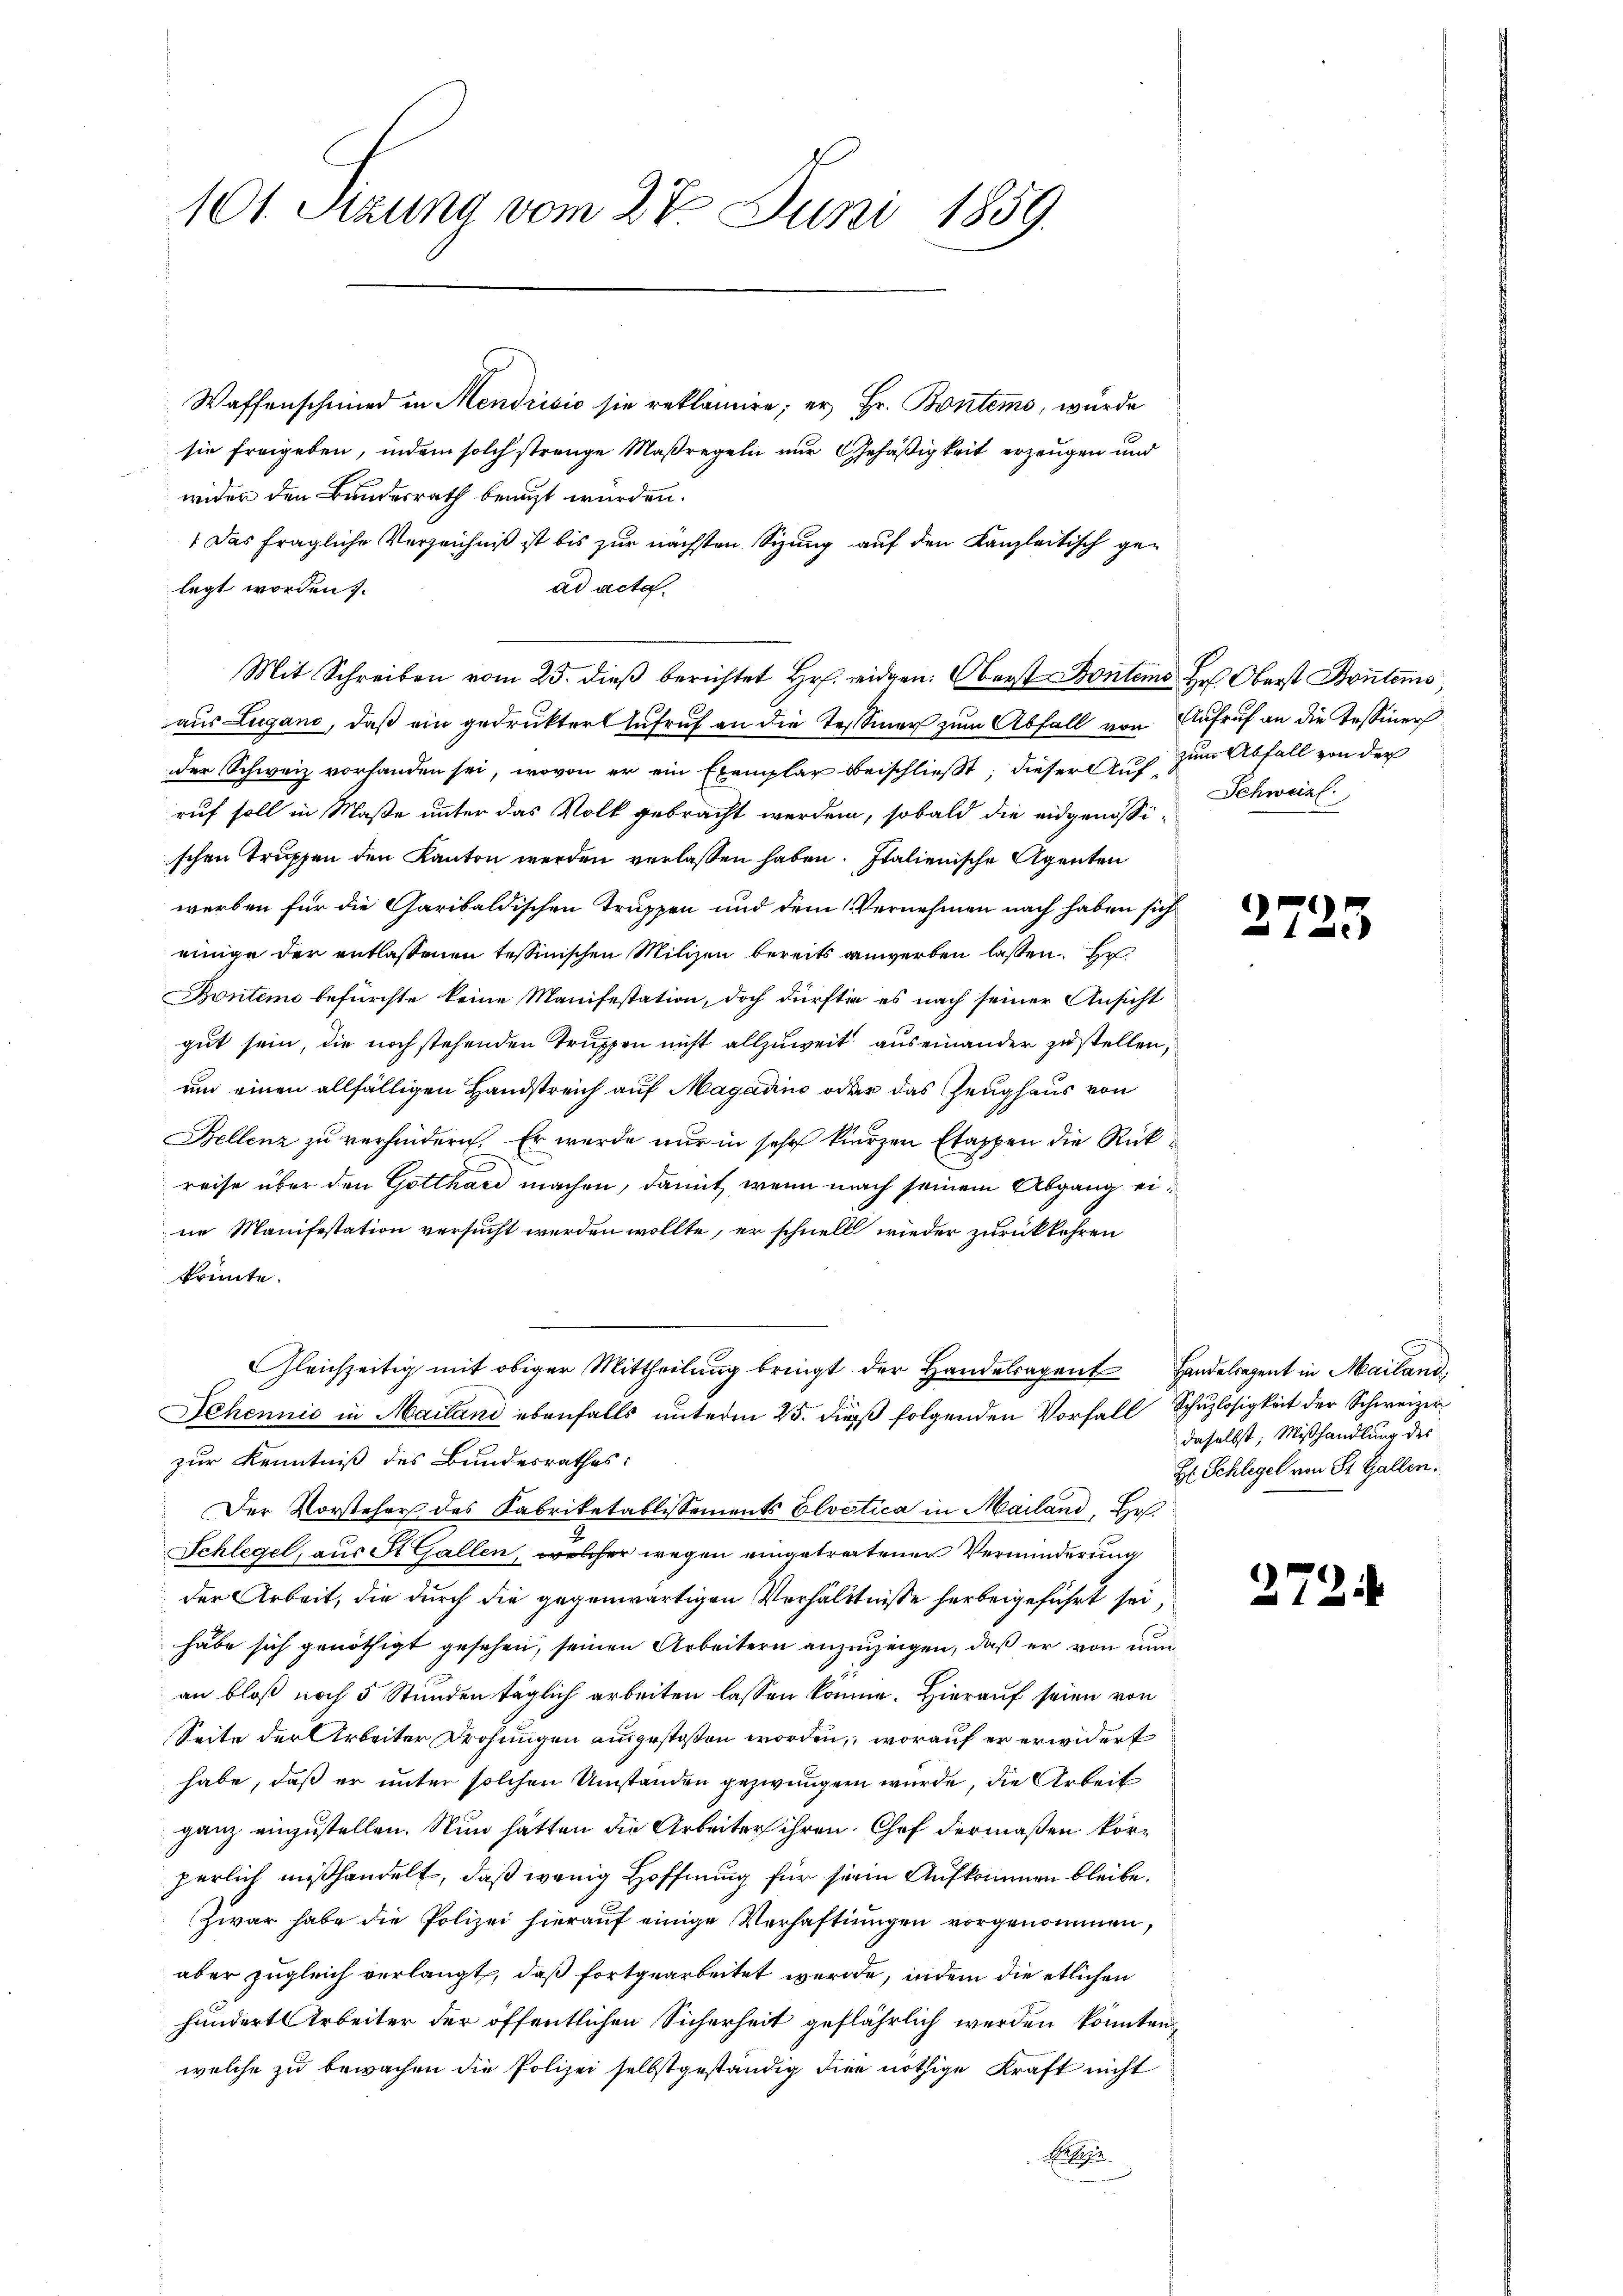
101. Sizung vom 27. Juni 1859.

Waffenschmied in Mendrisis sie reklamire; er Hr. Bontems, wurde
sie freigeben, indem solch strenge Maßregeln nur Gehäßigkeit erzeugen und
wider den Bundesrath benuzt wurden.
Das fragliche Verzeichniß ist bis zur nächsten Sizung auf den Kanzleitisch ge-
legt worden.
ad acta.
aus Lugano, daß ein gedrukter Aufruf an die Tessiner zum Abfall von Aufruf an die Tessiner
der Schweiz vorhanden sei, wovon er ein Exemplar beischließt; dieser Auf zum Abfall von der
ruf soll in Maße unter das Volk gebracht werden, sobald die eidgenössi-
schen Truppen den Kanton werden verlassen haben. Italienische Agenten
werben für die Garibaldischen Truppen und dem Vernehmen nach haben sich
einige der entlassenen tessinischen Milizei bereits anwerben lassen. Er
Bonten befürchte keine Manifestation, doch dürftig es nach seiner Ansicht
gut sein, die noch stehenden Trupfen nicht allzuweit auseinander zustellen,
um einen allfälligen Handstreich auf Magadino oder das Zeughaus von
Bellenz zu verhindern. Er wurde nur in sehr kurzen Etappen die Rückd
reise über den Gotthard machen, damit, wenn nach seinem Abgang eine Manifestation versucht werden wollte, er schnell wieder zurückkehren
krönte.
Gleichzeitig mit obiger Mittheilŭng bringt der Handelsagent Handelregent in Mailand,
Schennić in Mailand ebenfalls unterm 25. dieß folgenden Vorfall Schuzlosigkeit der Schweizer
zur Kenntniß des Bundesrathes:
Der Vorsteher des Fabriketablissements Elvetica in Mailand, Hof
Schlegel, aus St. Gallen, welcher wegen eingetreitener Verminderung
der Arbeit, die durch die gegenwärtigen Verhältnisse herbeigeführt sei,
habe sich genöthigt gesehen, seinen Arbeitern anzuzeigen, daß er von nun
an bloß noch 5 Stunden täglich arbeiten lassen könne. Hierauf seien von
Seite der Arbeiter Drohungen ausgestoßen worden, worauf er erwidert
habe, daß er unter solchen Umständen gezwungen wurde, die Arbeit
ganz einzustellen. Nun hätten die Arbeiter ihren Chef dermaßen körperlich mißhandelt, daß wenig Hoffnung für sein Aufkommen bleibe.
zwar habe die Polizei hierauf einige Verhaftungen vorgenommen,
aber zugleich verlangt, daß fortgearbeitet werde, indem die etlichen
hundert Arbeiter der öffentlichen Sicherheit geflährlich werden könnten,
welche zu bewachen die Polizei selbstgeständig die nöthige Kraft nicht
Seere

Mit Schreiben vom 25. dieβ berichtet Hr. eidgen: Oberst Fontem Hr. Oberst Bontems,

Schweiz.

27

5

daselbst; Mißhandlung des
H: Schlegel von St. Gallen.

272: